Report of the Indian Hemp Drugs Commission, 1894-1895 - Volume V
Year: 1894
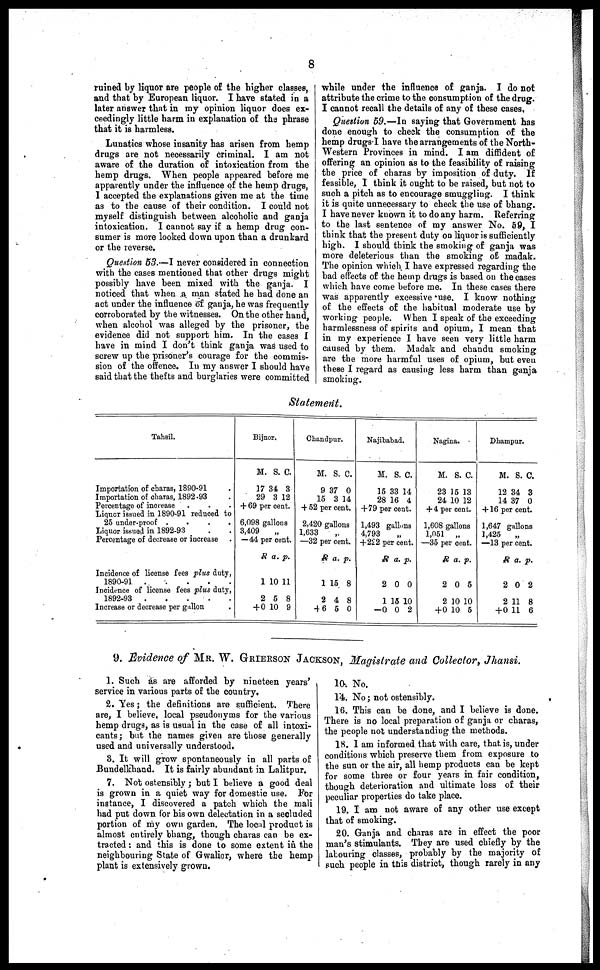
8
ruined by liquor are people of the higher classes,
and that by European liquor. I have stated in a
later answer that in my opinion liquor does ex-
ceedingly little harm in explanation of the phrase
that it is harmless.
Lunatics whose insanity has arisen from hemp
drugs are not necessarily criminal. I am not
aware of the duration of intoxication from the
hemp drugs. When people appeared before me
apparently under the influence of the hemp drugs,
I accepted the explanations given me at the time
as to the cause of their condition. I could not
myself distinguish between alcoholic and ganja
intoxication. I cannot say if a hemp drug con-
sumer is more looked down upon than a drunkard
or the reverse.
Question 53.—I never considered in connection
with the cases mentioned that other drugs might
possibly have been mixed with the ganja. I
noticed that when a man stated he had done an
act under the influence of ganja, he was frequently
corroborated by the witnesses. On the other hand,
when alcohol was alleged by the prisoner, the
evidence did not support him. In the cases I
have in mind I don't think ganja was used to
screw up the prisoner's courage for the commis-
sion of the offence. In my answer I should have
said that the thefts and burglaries were committed
while under the influence of ganja. I do not
attribute the crime to the consumption of the drug.
I cannot recall the details of any of these cases,
Question 59.—In saying that Government has
done enough to cheek the consumption of the
hemp drugs I have the arrangements of the North-
western Provinces in mind. I am diffident of
offering an opinion as to the feasibility of raising
the price of charas by imposition of duty. If
feasible, I think it ought to be raised, but not to
such a pitch as to encourage smuggling. I think
it is quite unnecessary to check the use of bhang.
I have never known it to do any harm. Referring
to the last sentence of my answer No. 59, I
think that the present duty on liquor is sufficiently
high. I should think the smoking of ganja was
more deleterious than the smoking of madak.
The opinion which I have expressed regarding the
bad effects of the hemp drugs is based on the cases
which have come before me. In these cases there
was apparently excessive use. I know nothing
of the effects of the habitual moderate use by
working people. When I speak of the exceeding
harmlessness of spirits and opium, I mean that
in my experience I have seen very little harm
caused by them. Madak and chandu smoking
are the more harmful uses of opium, but even
these I regard as causing less harm than ganja
smoking.
Statement.
Tahsil.
Importation of charas, 1890-91 .
Importation of charas, 1892-93 .
Percentage of increase
. . .
Liquor issued in 1890-91 reduced to
25 under-proof .
.
.
.
Liquor issued in 1892-93
Percentage of decrease or increase
Incidence of license fees plus duty,
1890-91
Incidence of license fees plus duty,
1892-93
Increase or decrease per gallon .
Bijnor.
M. S. C.
17 34 3
29 3 12
+ 69 per cent.
6,098 gallons
3,409 „
—44 per cent.
R a. p.
1 10 11
2 5 8
+ 0 10 9
Chandpur.
M. S. C.
9 37 0
15 3 14
+ 52 per cent.
2,420 gallons
1,633
—32 per cent.
R a. p.
1 15 8
2 4 8
46 5 0
Najibabad.
M. S. C.
15 33 14
28 16 4
+ 79 per cent.
1,493 gallons
4,793 „
+222 per cent.
R a. p.
2 0 0
1 15 10
-0 0 2
Nagina.
M. S. C.
23 15 13
24 10 12
+ 4 per cent.
1,608 gallons
1,051
„
—35 per cent.
R a. p.
2 0 5
2 10 10
+0 10 5
Dhampur.
M. S. C.
12 34 3
14 37 0
+ 16 per cent.
1,647 gallons
1,425
„
—13 per cent.
R a. p.
2 0 2
2 11 8
+0 11 6
9. Evidence of MR. W. GRIERSON JACKSON, Magistrate and Collector, Jhansi.
1. Such as are afforded by nineteen years'
service in various parts of the country,
2. Yes; the definitions are sufficient. There
are, I believe, local pseudonyms for the various
hemp drugs, as is usual in the case of all intoxi-
cants; but the names given are those generally
used and universally understood,
8. It will grow spontaneously in all parts of
Bundelkhand. It is fairly abundant in Lalitpur.
7. Not ostensibly; but I believe a good deal
is grown in a quiet way for domestic use. For
instance, I discovered a patch which the mali
had put down for his own delectation in a secluded
portion of my own garden. The local product is
almost entirely bhang, though charas can be ex-
tracted: and this is done to some extent in the
neighbouring State of Gwalior, where the hemp
plant is extensively grown.
10. No.
14. No; not ostensibly.
16. This can be done, and I believe is done.
There is no local preparation of ganja or charas,
the people not understanding the methods.
18. I am informed that with care, that is, under
conditions which preserve them from exposure to
the sun or the air, all hemp products can be kept
for some three or four years in fair condition,
though deterioration and ultimate loss of their
peculiar properties do take place.
19. I am not aware of any other use except
that of smoking.
20. Ganja and charas are in effect the poor
man's stimulants. They are used chiefly by the
labouring classes, probably by the majority of
such people in this district, though rarely in any